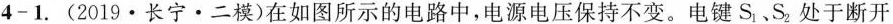
4-1. (2019·长宁·二模)在如图所示的电路中，电源电压保持不变。电键S_{1}、S_{2}处于断开